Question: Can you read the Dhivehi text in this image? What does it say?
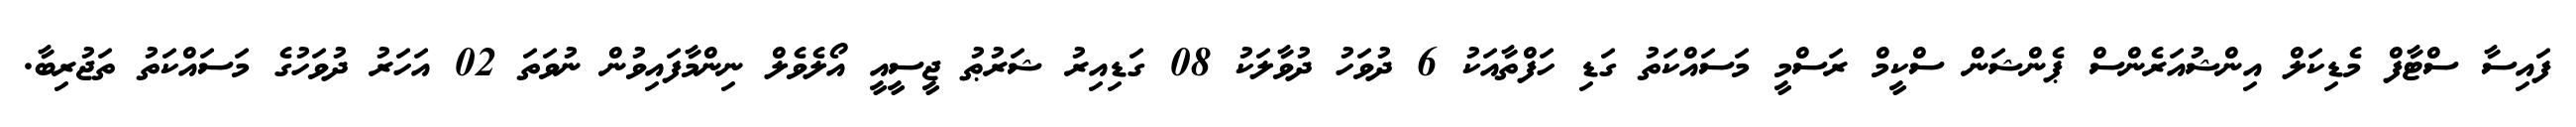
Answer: ފައިސާ ސްޓާފް މެޑިކަލް އިންޝުއަރެންސް ޕެންޝަން ސްކީމް ރަސްމީ މަސައްކަތު ގަޑި ހަފްތާއަކު 6 ދުވަހު ދުވާލަކު 08 ގަޑިއިރު ޝަރުޠު ޖީސީއީ އޯލެވެލް ނިންމާފައިވުން ނުވަތަ 02 އަހަރު ދުވަހުގެ މަސައްކަތު ތަޖުރިބާ.